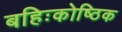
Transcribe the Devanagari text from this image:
बहिःकोष्ठिक